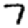
Digit: 7